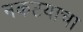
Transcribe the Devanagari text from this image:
नकटयाचा